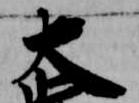
大